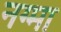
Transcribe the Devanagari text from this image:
नग्मा